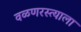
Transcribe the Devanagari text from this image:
वळणरस्त्याला